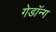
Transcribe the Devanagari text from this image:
गेडॉन्ग